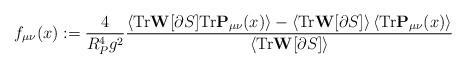
LaTeX: \begin{align*}f_{\mu \nu }(x):=\frac{4}{R_{P}^{4}g^{2}}\frac{\left< \mathrm{Tr}\mathbf{W}[\partial S]\mathrm{Tr}\mathbf{P}_{\mu \nu }(x)\right> -\left< \mathrm{Tr}\mathbf{W}[\partial S]\right> \left< \mathrm{Tr}\mathbf{P}_{\mu \nu }(x)\right> }{\left< \mathrm{Tr}\mathbf{W}[\partial S]\right> }\end{align*}